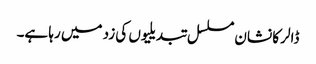
ڈالر کا نشان مسلسل تبدیلیوں کی زد میں رہا ہے۔